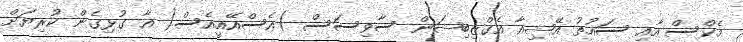
މެކްސް އާއި ސައުތު އޭޝިއާ އެގްޒިބިޝަން ސާވިސަސް )އެސްއޭއީއެސް( އާ ގުޅިގެން ކުރިޔަށް